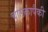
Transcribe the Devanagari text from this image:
चालकांपैकी